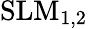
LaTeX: \mathrm{SLM_{1,2}}